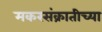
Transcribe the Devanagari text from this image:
मकरसंक्रातीच्या